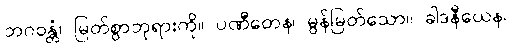
ဘဂဝန္တံ၊ မြတ်စွာဘုရားကို။ ပဏီတေန၊ မွန်မြတ်သော။ ခါဒနီယေန၊